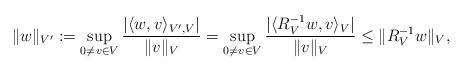
LaTeX: \begin{align*} \|w\|_{V'} := \sup_{0\ne v\in V} \frac{|\langle w,v\rangle_{V',V}|}{\|v\|_V} = \sup_{0\ne v\in V} \frac{|\langle R_V^{-1}w,v\rangle_{V}|}{\|v\|_V} \le \|R_V^{-1}w\|_V,\end{align*}